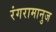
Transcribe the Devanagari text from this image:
रंगरामानुज